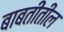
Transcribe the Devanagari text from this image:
बाबतींतील